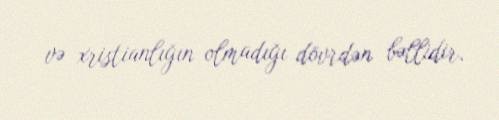
və xristianlığın olmadığı dövrdən bəllidir.